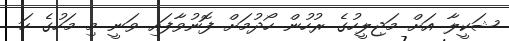
ޝަކީލާ އަށް މަޖިލީހުގެ ރުހުން ހޯދުމަށް ފޮނުވާފައި ވަނީ މި މަހުގެ ހަ